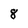
Character: 8